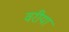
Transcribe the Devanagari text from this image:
वरीया